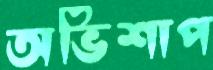
অভিশাপ